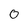
Character: 0